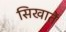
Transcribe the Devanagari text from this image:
सिखातें